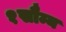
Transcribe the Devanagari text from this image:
१सौम्य